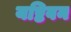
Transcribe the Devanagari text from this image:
यष्टिवन